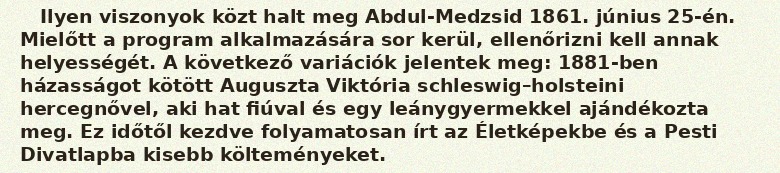
Ilyen viszonyok közt halt meg Abdul-Medzsid 1861. június 25-én. Mielőtt a program alkalmazására sor kerül, ellenőrizni kell annak helyességét. A következő variációk jelentek meg: 1881-ben házasságot kötött Auguszta Viktória schleswig–holsteini hercegnővel, aki hat fiúval és egy leánygyermekkel ajándékozta meg. Ez időtől kezdve folyamatosan írt az Életképekbe és a Pesti Divatlapba kisebb költeményeket.